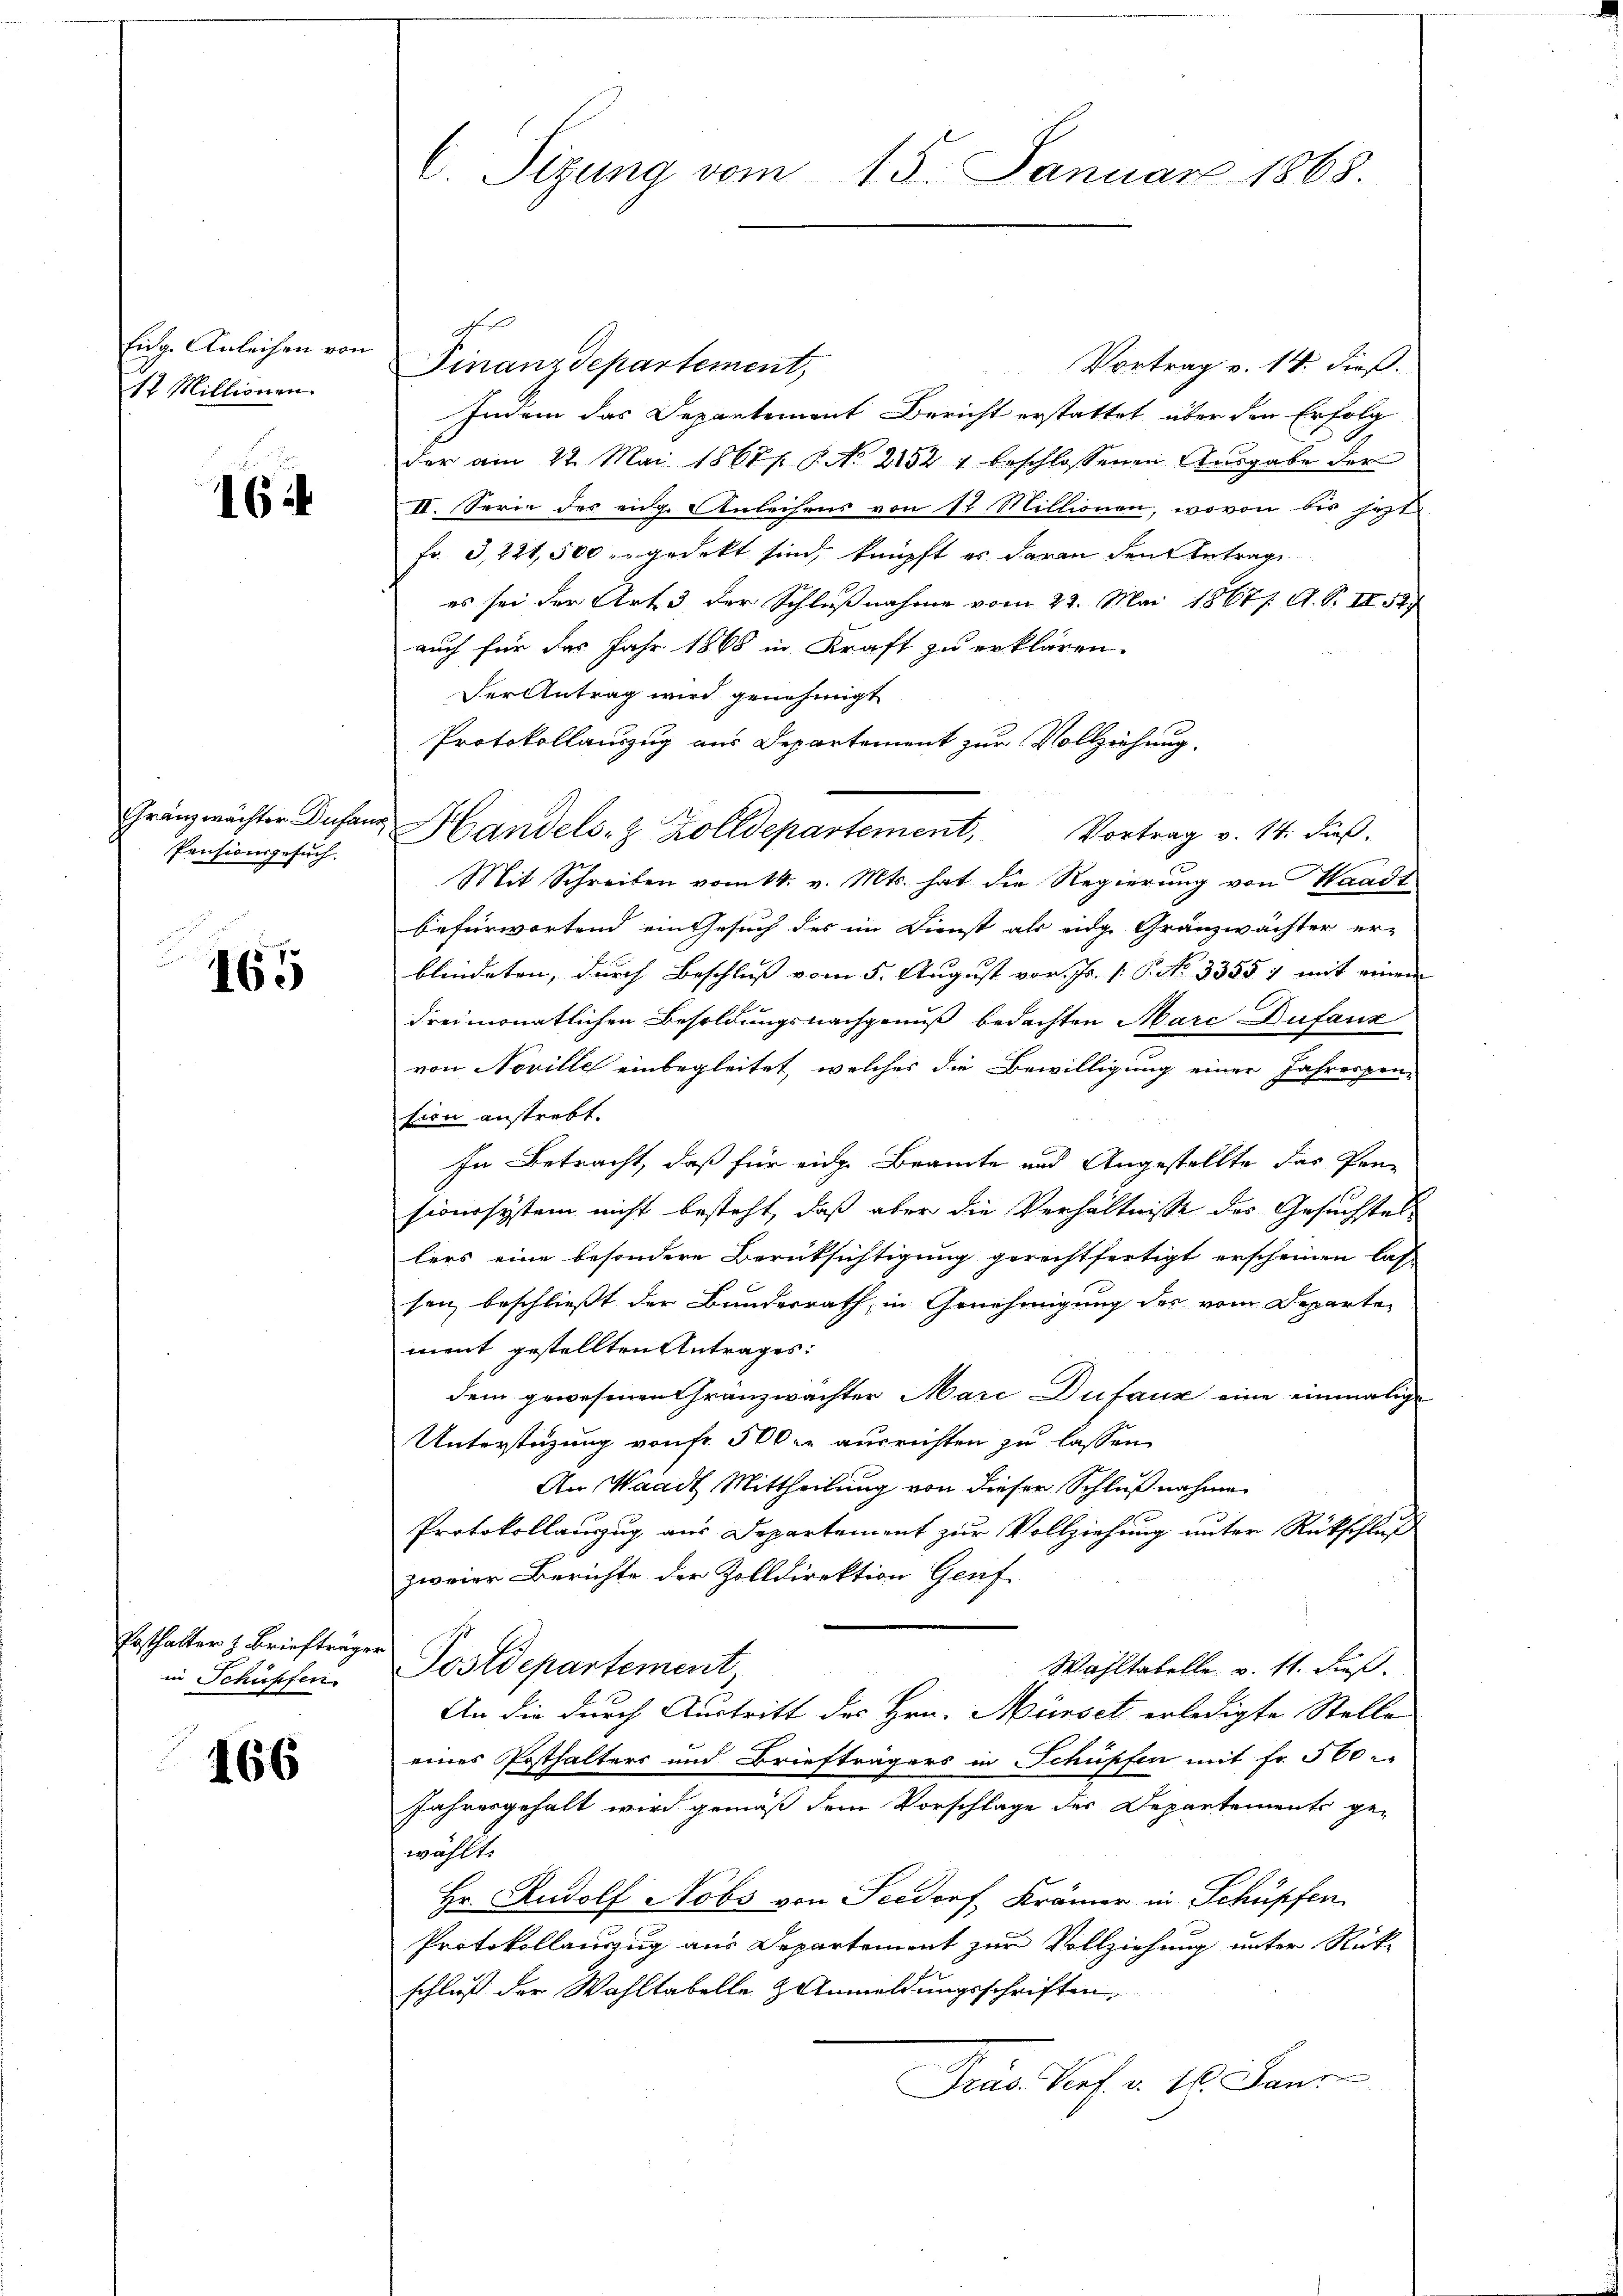
Eidg. Anleihen von
12. Millionen.

16

Pensionsgesuch.

165

Posthalter z. Briefträge.
in Schüpfen.

166

C. Sizung vom
15. Januar 1868

Gränzwächter Dufanz Handels- & Zolldepartement, Vortrag v. 14. dieβ.

1
Vortrag v. 14. dieß.
Finanzdepartement,
Indem das Departement Bericht erstattet über den Erfolg
der am 22. Mai 1867. 8. No 21524 beschlossenen Ausgabe der
II. Serie des eidge Anleihens von 12 Millionen, wovon bis jetzte
Fr. 3,221,500 zugedekt sind, knüpft es daran den Antrage
es sei der Art 3 der Schlußnahme vom 22. Mai 18671. A. S. III 547
auch für das Jahr 1868 in Kraft zu erklären.
Der Antrag wird genehmigt
Protokollauszug aus Departement zur Vollziehung.
Mit Schreiben vom 14. v. Mts. hat die Regierung von Waadt
befürwortend ein Gesuch des im Dienst als eidg. Gränzwächter er-
blindeten, durch Beschluß vom 5. August vor. Js. (: P. Nr. 33557 mit einem
dreimonatlichen Besoldungsnachgenuß bedachten Marc Dufauz
von Noville einbegleitet, welches die Bewilligung einer Jahrespen-
sion anstrebt.
In Betracht, daß für eiche Beamte und Angestellte das Pen-
sionssystem nicht besteht, daß aber die Verhältnisse des Gesuchstellers eine besondere Berüksichtigung gerechtfertigt erscheinen las
tanz beschließt der Bundesrath, in Genehmigung des vom Departen
ment gestellten Antrages:
dem gewesenen Gränzwächter Marc Dufauz eine einmalige
Unterstüzung von fr. 500 fr ausrichten zu lassen.
An Waadt Mittheilung von dieser Schlußnahme
Protokollauszug aus Departement zur Vollziehung unter Rückschluß
zweier Berichte der Zolldirektion Genf
Postdepartement
Wahltatelle v. 11. dieß.
An die durch Austritt des Hrn. Mürset erledigte Stelle
eines Posthalters und Briefträgers in Schüpfen mit Fr. 560.
Jahresgehalt wird gemäß dem Vorschlage der Departements ge-
wählte
Hr. Rudolf Nobs von Seedorf, Krämer in Schüpfen
Protokollauszug aus Departement zur Vollziehung unter Rück-
schluß der Wahltabelle & Anmeldungsschriften,
Präs. Verf. v. 16. Jan